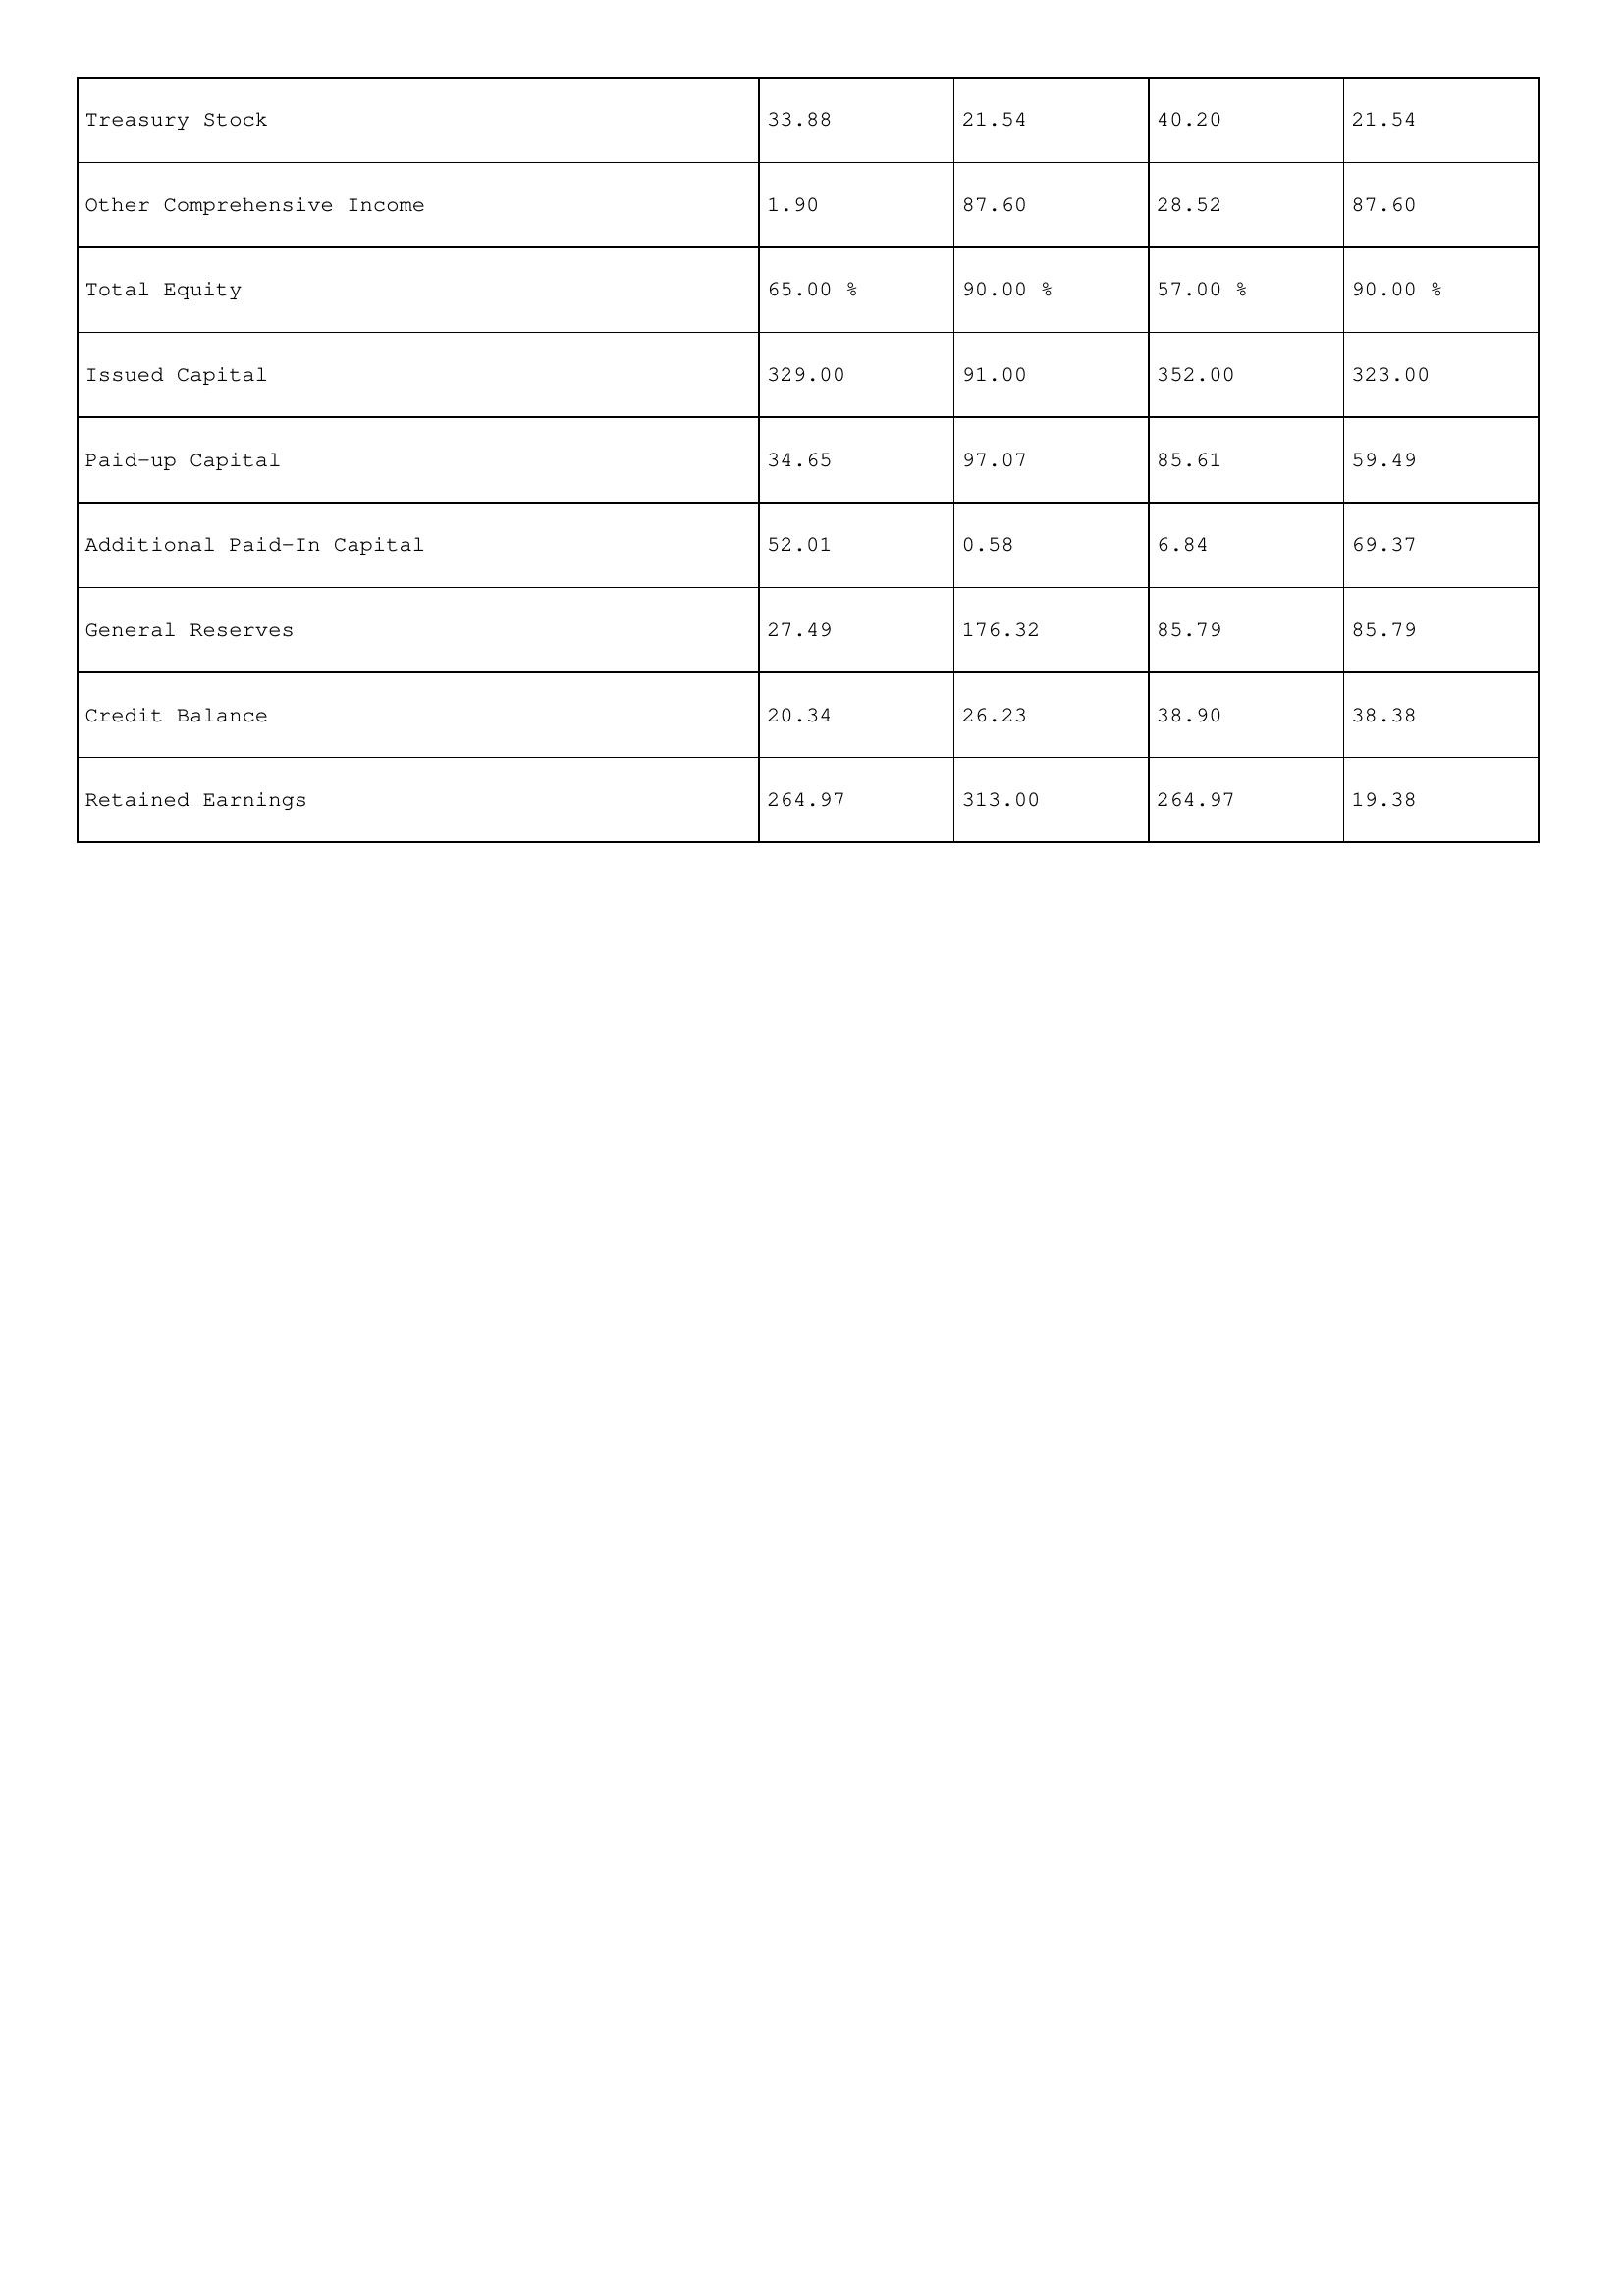
gt_parse: 2017: Treasury Stock: 33.88
Other Comprehensive Income: 1.90
Total Equity: 65.00 %
Issued Capital: 329.00
Paid-up Capital: 34.65
Additional Paid-In Capital: 52.01
General Reserves: 27.49
Credit Balance: 20.34
Retained Earnings: 264.97
2016: Treasury Stock: 21.54
Other Comprehensive Income: 87.60
Total Equity: 90.00 %
Issued Capital: 91.00
Paid-up Capital: 97.07
Additional Paid-In Capital: 0.58
General Reserves: 176.32
Credit Balance: 26.23
Retained Earnings: 313.00
2015: Treasury Stock: 40.20
Other Comprehensive Income: 28.52
Total Equity: 57.00 %
Issued Capital: 352.00
Paid-up Capital: 85.61
Additional Paid-In Capital: 6.84
General Reserves: 85.79
Credit Balance: 38.90
Retained Earnings: 264.97
2014: Treasury Stock: 21.54
Other Comprehensive Income: 87.60
Total Equity: 90.00 %
Issued Capital: 323.00
Paid-up Capital: 59.49
Additional Paid-In Capital: 69.37
General Reserves: 85.79
Credit Balance: 38.38
Retained Earnings: 19.38